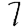
Digit: 7